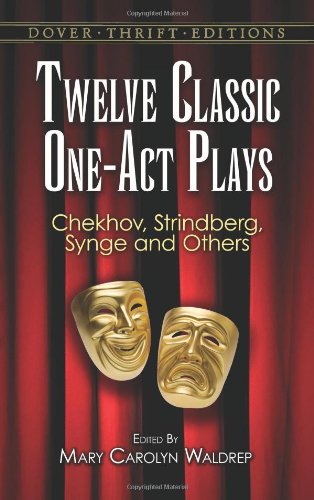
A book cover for Twelve Classic One-Act Plays (Dover Thrift Editions); Literature & Fiction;